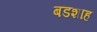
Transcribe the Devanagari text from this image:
बडशाह